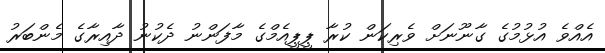
އެއްވެ އުޅުމުގެ ގާނޫނަށް ވެރިކަން ކުރާ ޕީޕީއެމްގެ މާފަންނު ދެކުނު ދާއިރާގެ މެންބަރު